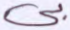
بي